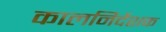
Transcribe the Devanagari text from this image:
कालनिर्देशक